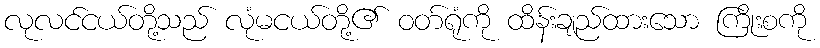
လုလင်ငယ်တို့သည် လုံမငယ်တို့၏ ဝတ်ရုံကို ထိန်းချည်ထားသော ကြိုးစကို